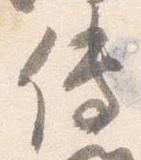
伝